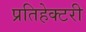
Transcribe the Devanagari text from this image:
प्रतिहेक्टरी